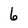
Character: 6